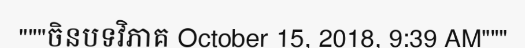
"""ចិនបទវិភាគ October 15, 2018, 9:39 AM"""